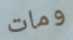
ومات